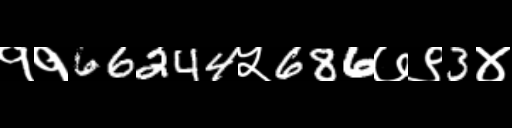
Text: ११66244५686७९3४